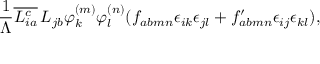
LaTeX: \frac { 1 } { \Lambda } \overline { { { L _ { i a } ^ { c } } } } \, L _ { j b } \varphi _ { k } ^ { ( m ) } \varphi _ { l } ^ { ( n ) } ( f _ { a b m n } \epsilon _ { i k } \epsilon _ { j l } + f _ { a b m n } ^ { \prime } \epsilon _ { i j } \epsilon _ { k l } ) ,